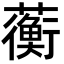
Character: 蘅